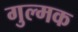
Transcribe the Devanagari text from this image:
गुल्मक